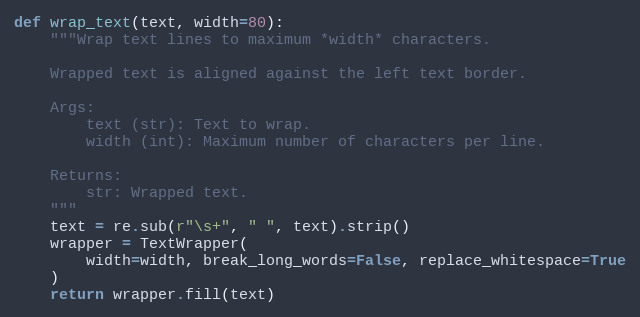
Language: Python
def wrap_text(text, width=80):
    """Wrap text lines to maximum *width* characters.

    Wrapped text is aligned against the left text border.

    Args:
        text (str): Text to wrap.
        width (int): Maximum number of characters per line.

    Returns:
        str: Wrapped text.
    """
    text = re.sub(r"\s+", " ", text).strip()
    wrapper = TextWrapper(
        width=width, break_long_words=False, replace_whitespace=True
    )
    return wrapper.fill(text)